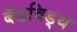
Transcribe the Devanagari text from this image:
बॅडविड्थ